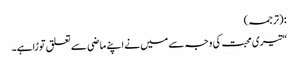
: (ترجمہ)
“تیری محبت کی وجہ سے میں نے اپنے ماضی سے تعلق توڑاہے۔